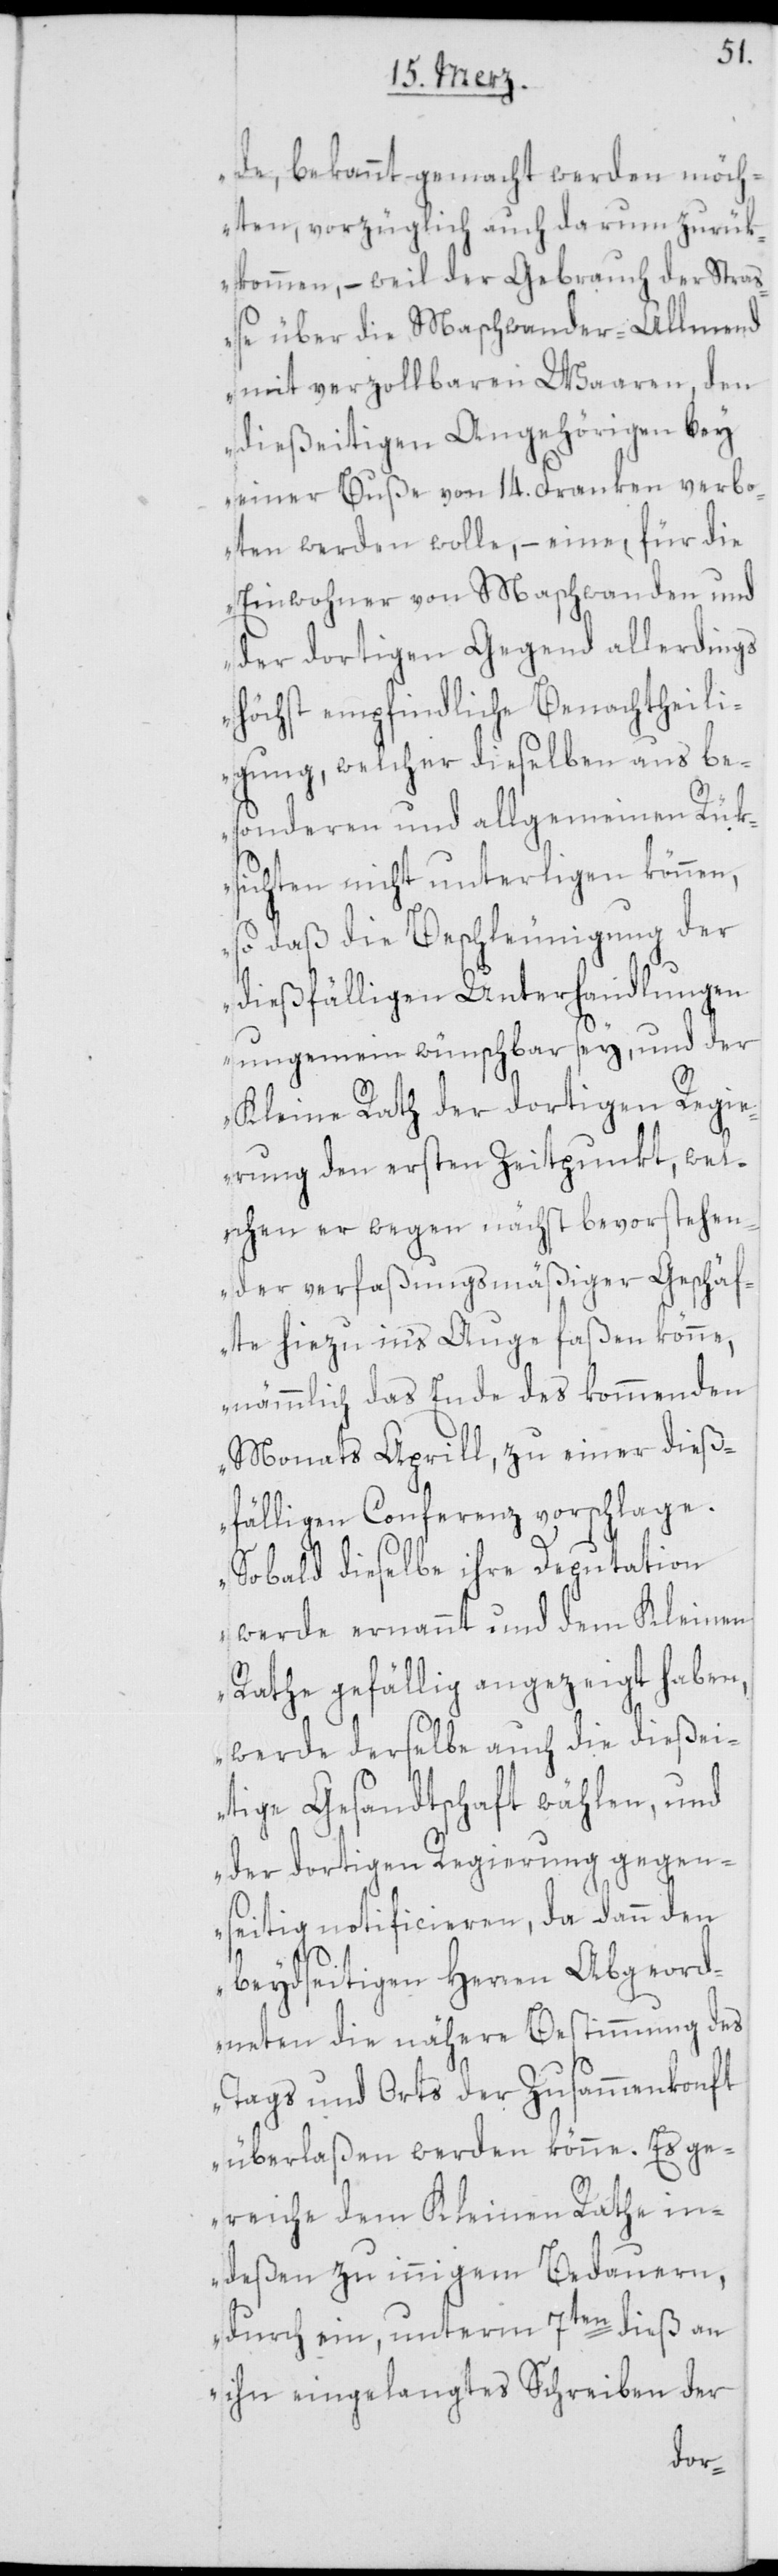
de, bekannt gemacht werden möch¬
ten, vorzüglich auch darum zurük¬
kommen, – weil der Gebrauch der Straß¬
e über die Maschwander-Allmend
mit verzollbaren Waaren, den
dießeitigen Angehörigen bey
einer Buße von 14. Franken verbo¬
ten werden wolle, – eine für die
Einwohner von Maschwanden und
der dortigen Gegend allerdings
höchst empfindliche Benachtheili¬
gung, welcher dieselben aus be¬
sonderen und allgemeinen Rük¬
sichten nicht unterligen können,
so daß die Beschleunigung der
dießfälligen Unterhandlungen
ungemein wünschbar sey, und der
Kleine Rath der dortigen Regie¬
rung den ersten Zeitpunkt, wel¬
chen er wegen nächst bevorstehen¬
der verfaßungsmäßiger Geschäf¬
te hiezu in's Auge faßen könne,
nämmlich das Ende des kommenden
Monats Aprill, zu einer dieß¬
fälligen Conferenz vorschlage.
Sobald dieselbe ihre Deputation
werde ernannt und dem Kleinen
Rathe gefällig angezeigt haben,
werde derselbe auch die dießei¬
tige Gesandtschaft wählen, und
der dortigen Regierung gegen¬
seitig notificieren, da dann den
beydseitigen Herren Abgeord¬
neten die nähere Bestimmung des
Tags und Orts der Zusammenkonft
überlaßen werden könne. Es ge¬
reiche dem Kleinen Rathe in¬
deßen zu innigem Bedauern,
durch ein, unterm 7ten dieß an
ihn eingelangtes Schreiben der